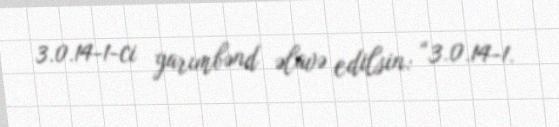
3.0.14-1-ci yarımbənd əlavə edilsin: “3.0.14-1.